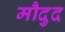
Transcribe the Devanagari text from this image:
मौदुद